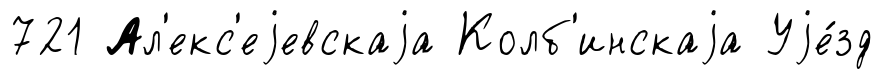
721 Ал'екс'еjевскаjа Колб'инскаjа Уjе́зд